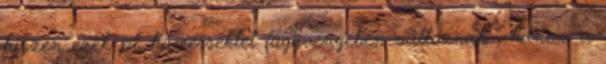
hiszen ezek pl. hőmérséklet függvényében változnak , hanem a